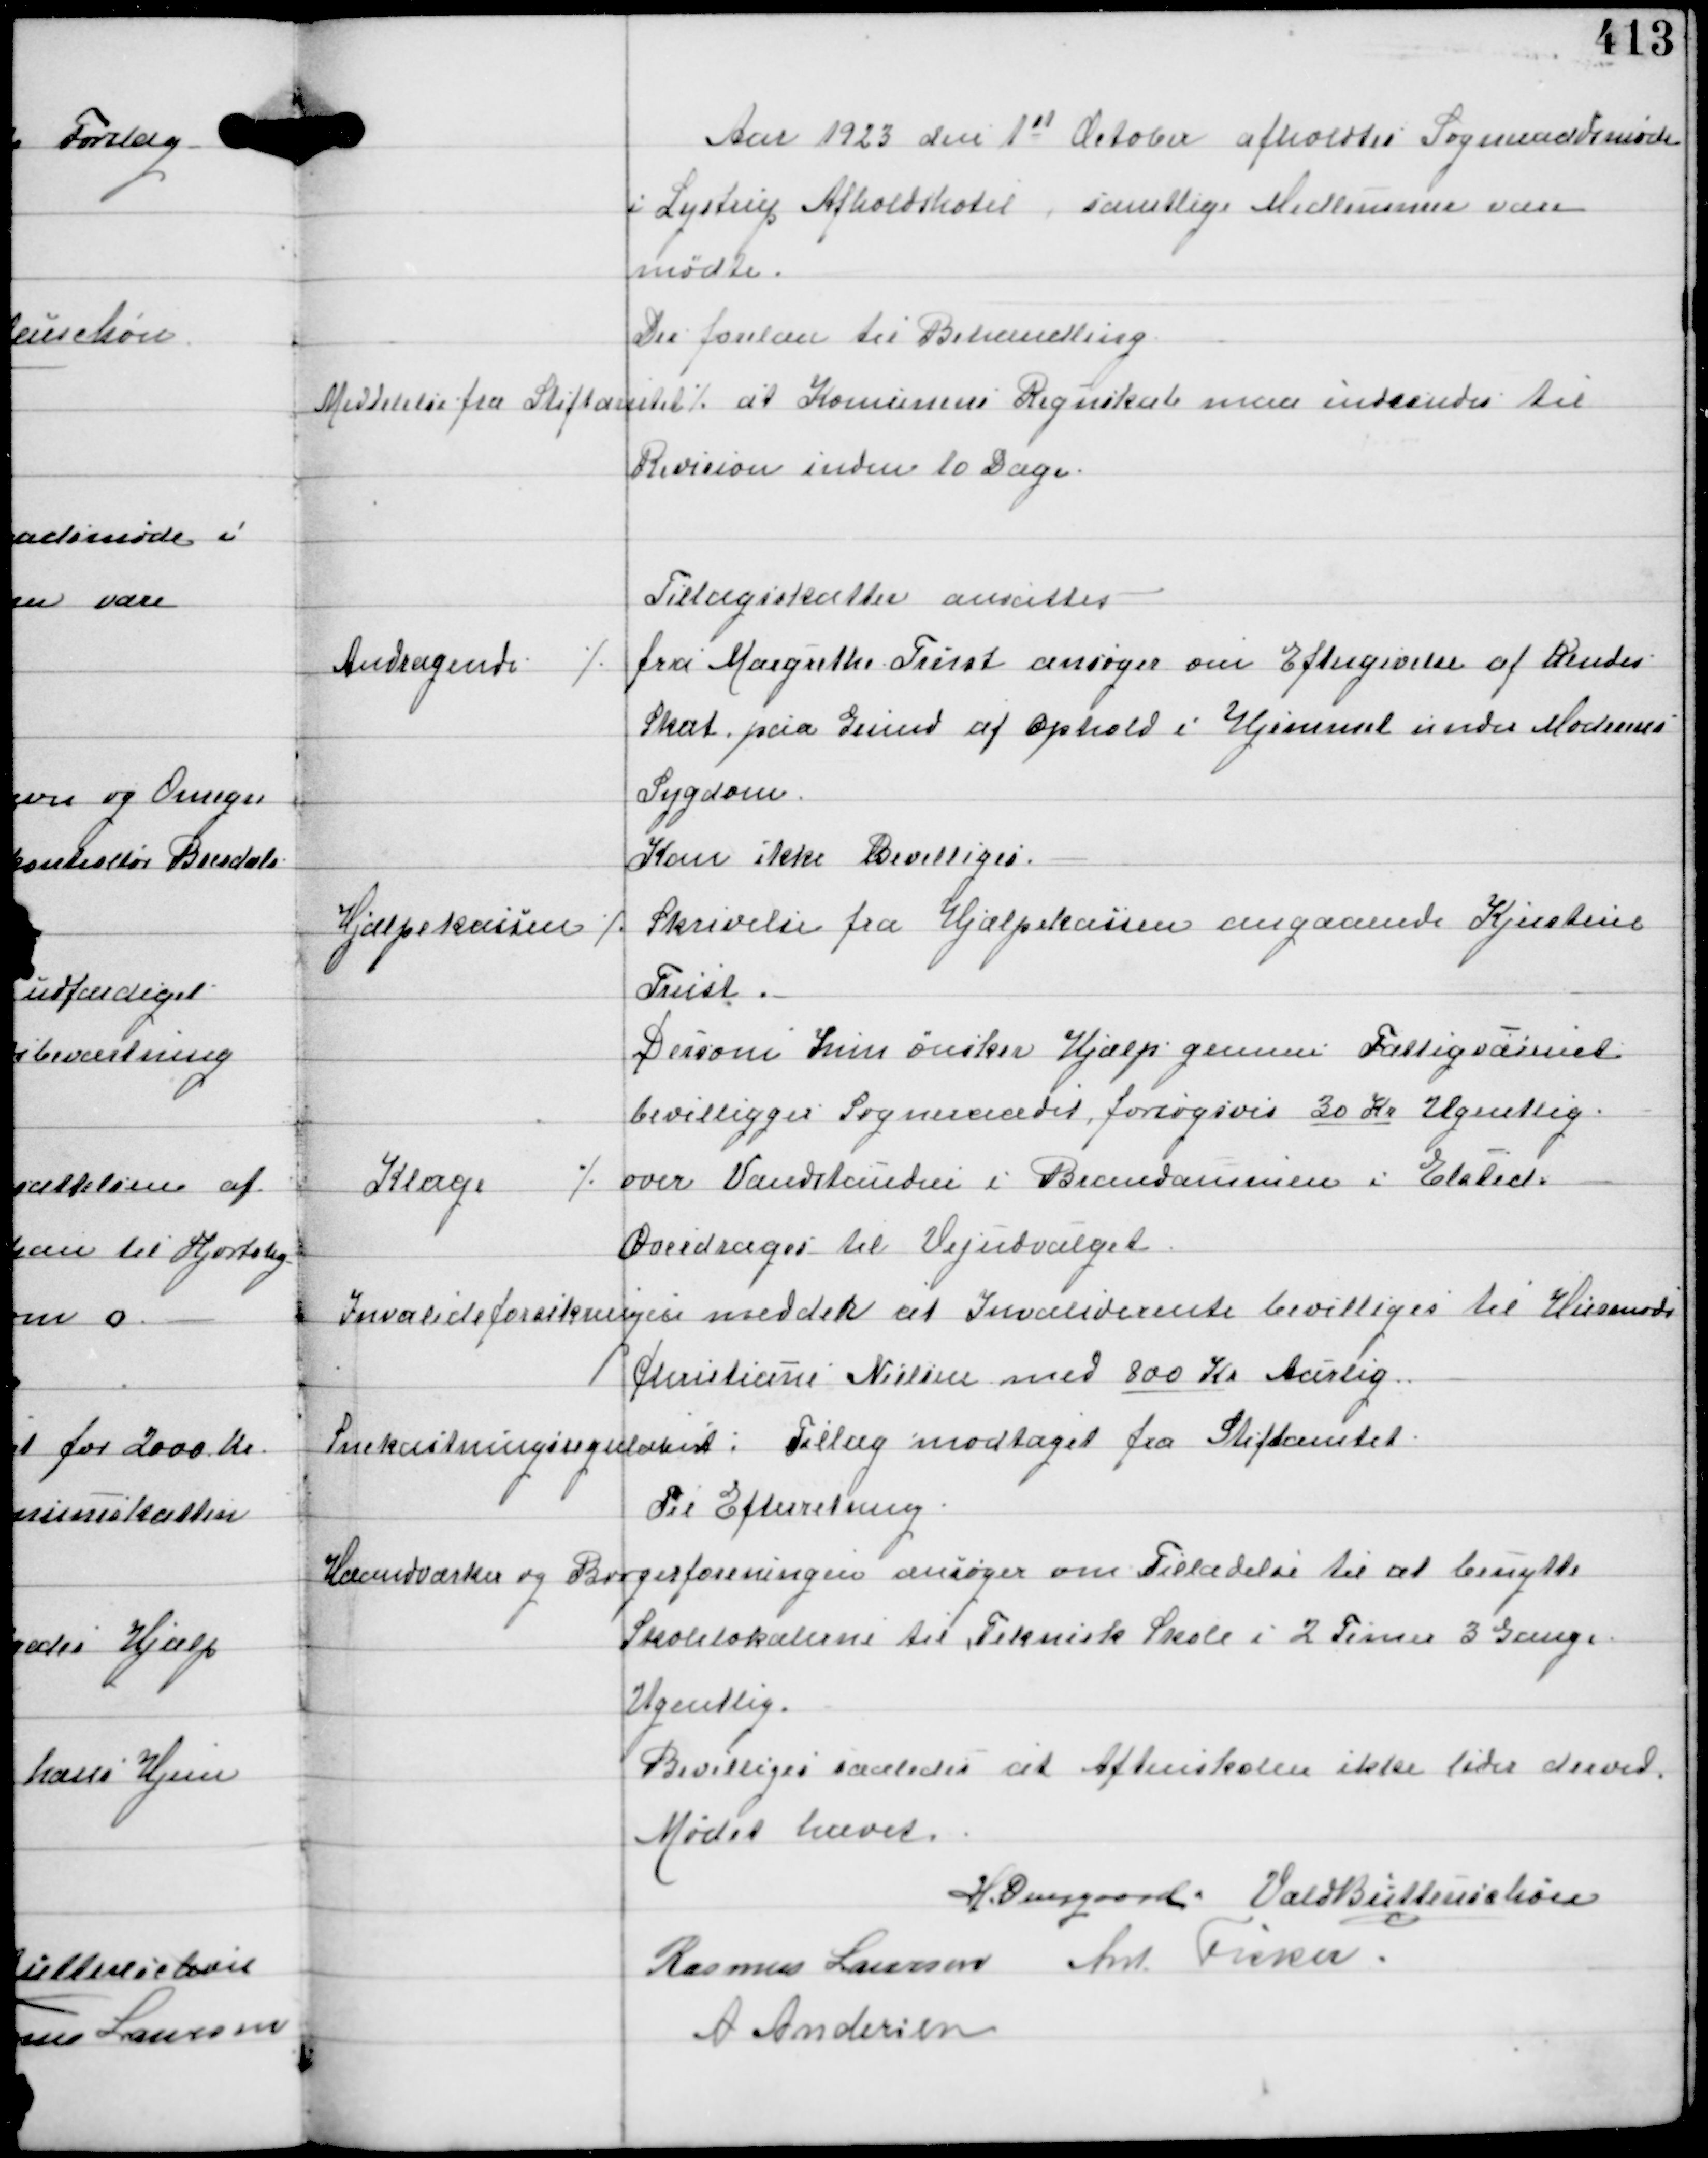
Transskription:
Aar 1923 den 1st October afholdtes Sogneraadsmøde
i Lystrup Afholdshotel, samtlige Medlemmer vare
mødte.
Der forelaa til Behandling

Meddelelse fra Stiftamtet ⁒ at Komunens Regnskab maa indsendes til
Revision inden 10 Dage.

Tillægsskatter ansattes

Andragende

⁒ fra Margrethe Trust ansøger om Eftergivelse af Hendes
Skat paa Grund af ophold i Hjemmet under Moderens
Sygdom
Kan ikke Bevilliges.

Hjælpekassen

⁒ Skrivelse fra Hjælpekassen angaaende Kjerstine
Trust.
Dersom hun ønsker Hjælp gennem Fattigvæsenet
bevilliger Sogneraadet forsøgsvis 30 Kr Ugentlig

Klage

⁒ over Vandstanden i Brandammen i Elsted
Overdrages til Vejudvalget.

Invalideforsikringen medder at Invaliderente bevilliges til Husmoder
Christine Nielsen med 800 Kr Aarlig

Snekastningsregulativet: Tillæg modtaget fra Stiftamtet
Til Efterretning.

Haandværker og Borgerforeningen ansøger om Tilladelse til at benytte
Skolelokalerne til Teknisk Skole i 2 Timer 3 Gange
Ugentlig.
Bevilliges saaledes at Aftenskolen ikke lider derved.

Mødet hævet.
H. Overgaard Vald Buttenschøn
Rasmus Laursen Ant Fisker
A Andersen